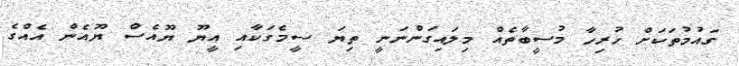
ގައުމުތަކަށް ހުރިހާ މުސީބާތެއް މިލައިގަންނަނީ ތިޔަ ސީމެގަކާއި އީޔޫ ޔޫއެސް ޔޫއެން އެއްގެ